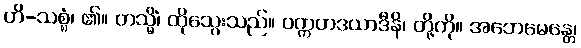
ဟိ-သစ္စံ၊ ၏။ တသ္မိံ၊ ထိုသွေးသည်။ ဝက္ကဟဒယာဒီနိ၊ တို့ကို။ အဘေမေန္တေ၊